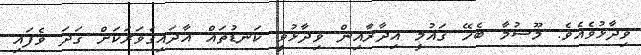
ވިދާޅުވެއެވެ. މޫސުމާ ބެހޭ ޤައުމީ އިދާރާއިން ވިދާޅުވީ ކަނޑުތައް އާދައިގެވަރަކަށް ގަދަ ވެފައި